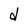
Character: d